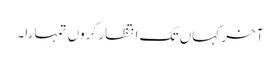
آخر کہاں تک انتظار کروں تمہارا۔